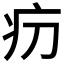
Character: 𤴬